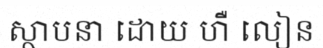
ស្ថាបនា ដោយ ហឺ លៀន